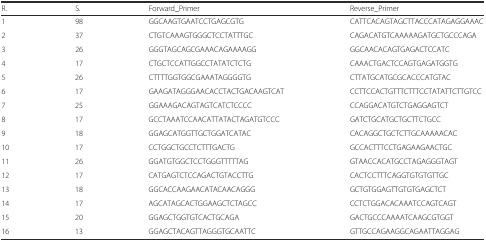
<table><thead><tr><td><b>R.</b></td><td><b>S.</b></td><td><b>Forward_Primer</b></td><td><b>Reverse_Primer</b></td></tr></thead><tbody><tr><td>1</td><td>98</td><td>GGCAAGTGAATCCTGAGCGTG</td><td>CATTCACAGTAGCTTACCCATAGAGGAAAC</td></tr><tr><td>2</td><td>37</td><td>CTGTCAAAGTGGGCTCCTATTTGC</td><td>CAGACATGTCAAAAAGATGCTGCCCAGA</td></tr><tr><td>3</td><td>26</td><td>GGGTAGCAGCGAAACAGAAAAGG</td><td>GGCAACACAGTGAGACTCCATC</td></tr><tr><td>4</td><td>17</td><td>CTGCTCCATTGGCCTATATCTCTG</td><td>CAAACTGACTCCAGTGAGATGGTG</td></tr><tr><td>5</td><td>26</td><td>CTTTTGGTGGCGAAATAGGGGTG</td><td>CTTATGCATGCGCACCCATGTAC</td></tr><tr><td>6</td><td>17</td><td>GAAGATAGGGAACACCTACTGACAAGTCAT</td><td>CCTTCCACTGTTTCTTTCCTATATTCTTGTCC</td></tr><tr><td>7</td><td>25</td><td>GGAAAGACAGTAGTCATCTCCCC</td><td>CCAGGACATGTCTGAGGAGTCT</td></tr><tr><td>8</td><td>17</td><td>GCCTAAATCCAACATTATACTAGATGTCCC</td><td>GATCTGCATGCTGCTTCTGCC</td></tr><tr><td>9</td><td>18</td><td>GGAGCATGGTTGCTGGATCATAC</td><td>CACAGGCTGCTCTTGCAAAAACAC</td></tr><tr><td>10</td><td>17</td><td>CCTGGCTGCCTCTTTGACTG</td><td>GCCACTTTCCTGAGAAGAACTGC</td></tr><tr><td>11</td><td>26</td><td>GGATGTGGCTCCTGGGTTTTTAG</td><td>GTAACCACATGCCTAGAGGGTAGT</td></tr><tr><td>12</td><td>17</td><td>CATGAGTCTCCAGACTGTACCTTG</td><td>CACTCCTTTCAGGTGTGTGTTGC</td></tr><tr><td>13</td><td>18</td><td>GGCACCAAGAACATACAACAGGG</td><td>GCTGTGGAGTTGTGTGAGCTCT</td></tr><tr><td>14</td><td>17</td><td>AGCATAGCACTGGAAGCTCTAGCC</td><td>CCTCTGGACACAAATCCAGTCAGT</td></tr><tr><td>15</td><td>20</td><td>GGAGCTGGTGTCACTGCAGA</td><td>GACTGCCCAAAATCAAGCGTGGT</td></tr><tr><td>16</td><td>13</td><td>GGAGCTACAGTTAGGGTGCAATTC</td><td>GTTGCCAGAAGGCAGAATTAGGAG</td></tr></tbody></table>